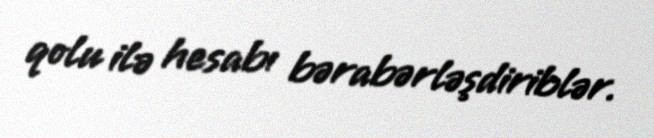
qolu ilə hesabı bərabərləşdiriblər.